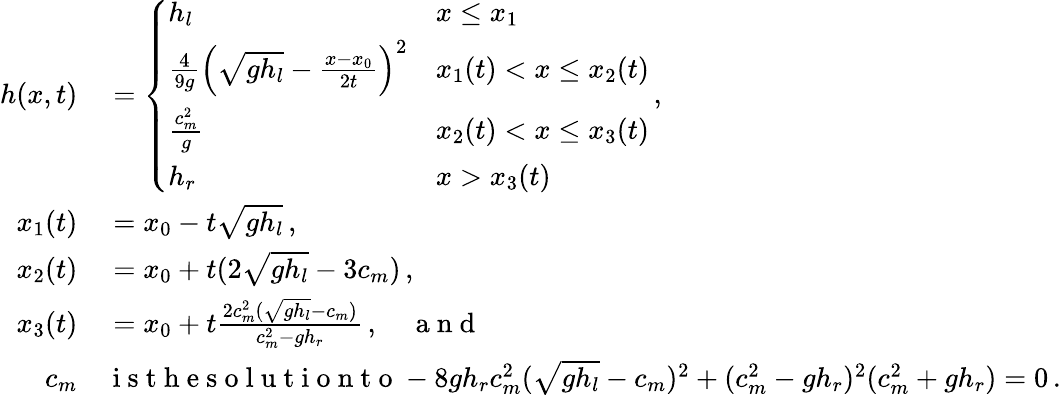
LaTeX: \begin{array}{rl}{h(x,t)}&{{}=\left\{ \begin{array}{ll}{h_{l}}&{x\leq x_{1}}\\ {\frac{4}{9g}\left(\sqrt{gh_{l}}-\frac{x-x_{0}}{2t}\right)^{2}}&{x_{1}(t)<x\leq x_{2}(t)}\\ {\frac{c_{m}^{2}}{g}}&{x_{2}(t)<x\leq x_{3}(t)}\\ {h_{r}}&{x>x_{3}(t)}\end{array}\right.\, ,}\\ {x_{1}(t)}&{{}=x_{0}-t\sqrt{gh_{l}}\, ,}\\ {x_{2}(t)}&{{}=x_{0}+t(2\sqrt{gh_{l}}-3c_{m})\, ,}\\ {x_{3}(t)}&{{}=x_{0}+t\frac{2c_{m}^{2}(\sqrt{gh_{l}}-c_{m})}{c_{m}^{2}-gh_{r}}\, ,\quad\mathrm{~a~n~d~}}\\ {c_{m}}&{{}\mathrm{~i~s~t~h~e~s~o~l~u~t~i~o~n~t~o~}-8gh_{r}c_{m}^{2}(\sqrt{gh_{l}}-c_{m})^{2}+(c_{m}^{2}-gh_{r})^{2}(c_{m}^{2}+gh_{r})=0\, .}\end{array}